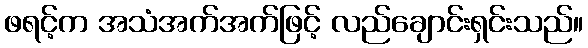
ဖရင့်က အသံအက်အက်ဖြင့် လည်ချောင်းရှင်းသည်။